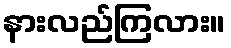
နားလည်ကြလား။